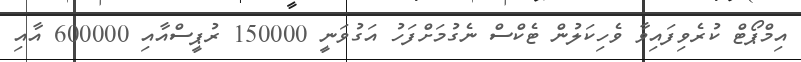
އިމްޕޯޓް ކުރެވިފައިވާ ވެހިކަލުން ޓެކްސް ނެގުމަށްފަހު އަގުވަނީ 150000 ރުޕީސްއާއި 600000 އާއި